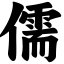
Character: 儒